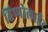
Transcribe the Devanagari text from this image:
हिप्पोलाईट